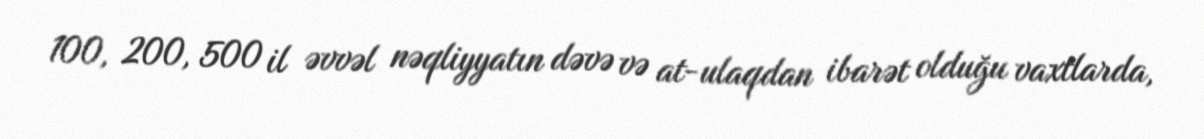
100, 200, 500 il əvvəl nəqliyyatın dəvə və at-ulaqdan ibarət olduğu vaxtlarda,